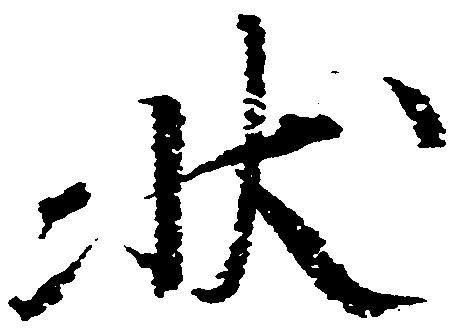
状